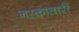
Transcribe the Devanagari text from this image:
नरकातारी